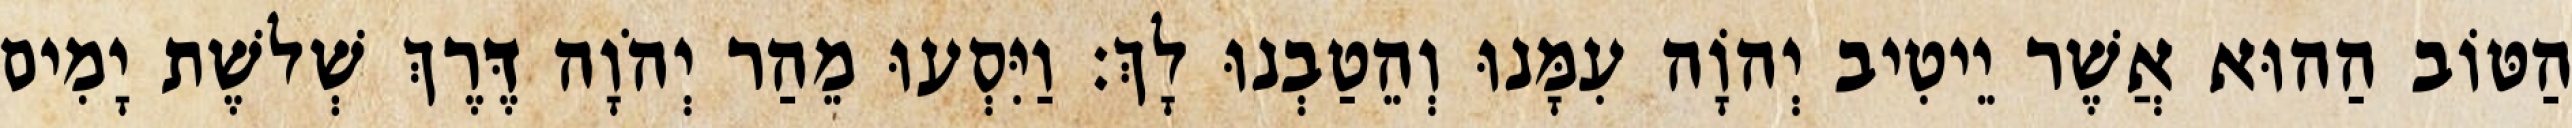
הַטּוֹב הַהוּא אֲשֶׁר יֵיטִיב יְהוָֹה עִמָּנוּ וְהֵטַבְנוּ לָךְ׃ וַיִּסְעוּ מֵהַר יְהֹוָה דֶּרֶךְ שְׁלשֶׁת יָמִים